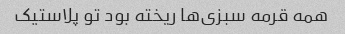
همه قرمه سبزی‌ها ریخته بود تو پلاستیک